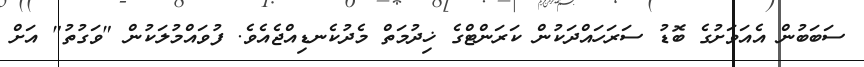
ސަބަބުން އެއަވަށުގެ ބޮޑު ސަރަހައްދަކުން ކަރަންޓްގެ ޚިދުމަތް މެދުކެނޑިއްޖެއެވެ. ފުވައްމުލަކުން "ވަގުތު" އަށް